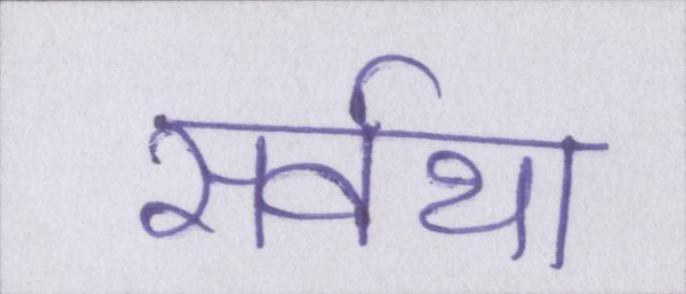
सर्वथा